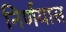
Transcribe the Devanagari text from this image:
निर्णयास